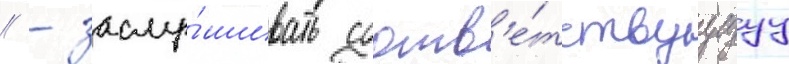
// - заслу́шивать соотв'е́тствуущуу